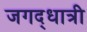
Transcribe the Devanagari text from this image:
जगद्‌धात्री